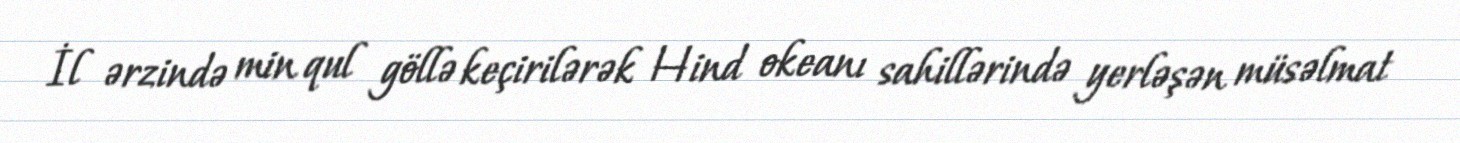
İl ərzində min qul göllə keçirilərək Hind okeanı sahillərində yerləşən müsəlmat